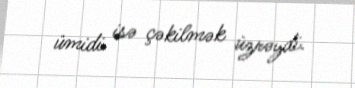
ümidi isə çəkilmək üzrəydi.